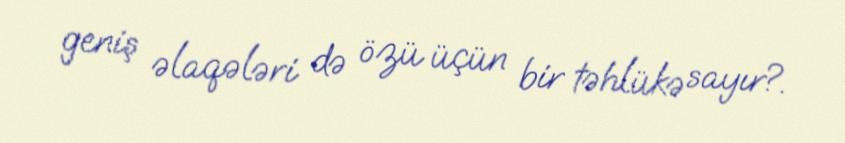
geniş əlaqələri də özü üçün bir təhlükə sayır?.